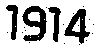
1914